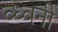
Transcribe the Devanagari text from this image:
व्ध्वनी